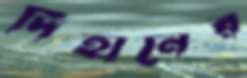
দিহানের